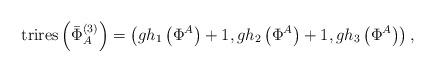
LaTeX: \begin{align*}\mathrm{trires}\left( \bar{\Phi}_{A}^{(3)}\right) =\left( gh_{1}\left( \Phi^{A}\right) +1,gh_{2}\left( \Phi ^{A}\right) +1,gh_{3}\left( \Phi^{A}\right) \right) , \end{align*}